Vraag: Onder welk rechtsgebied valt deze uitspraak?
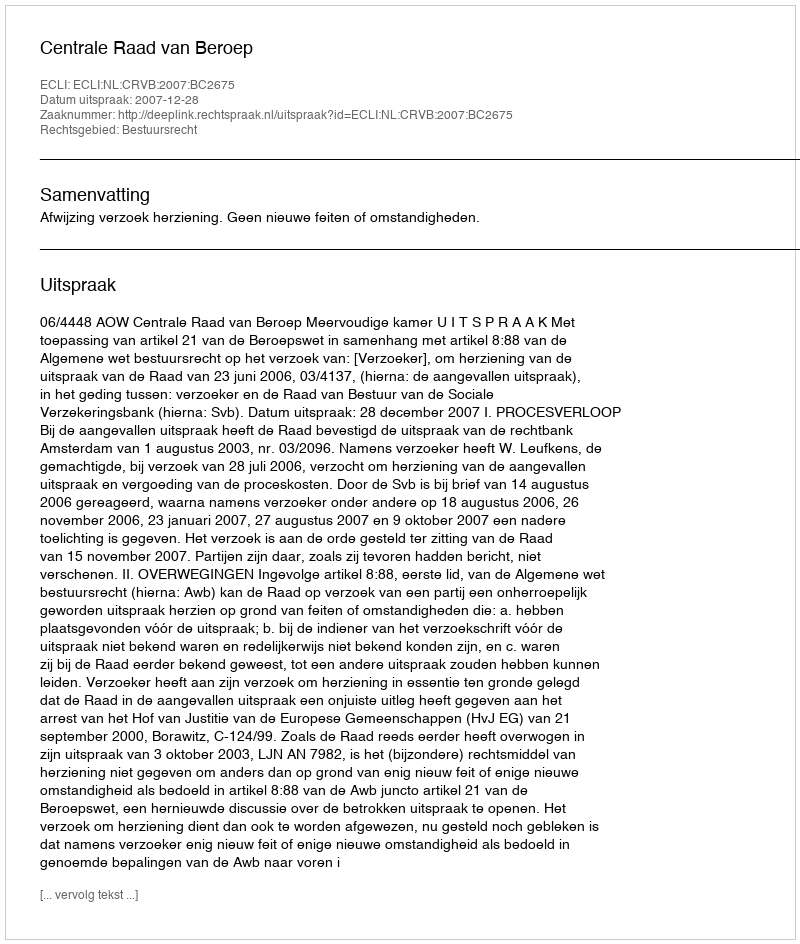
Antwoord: Bestuursrecht